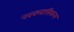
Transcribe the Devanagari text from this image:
नवक्लासिकल